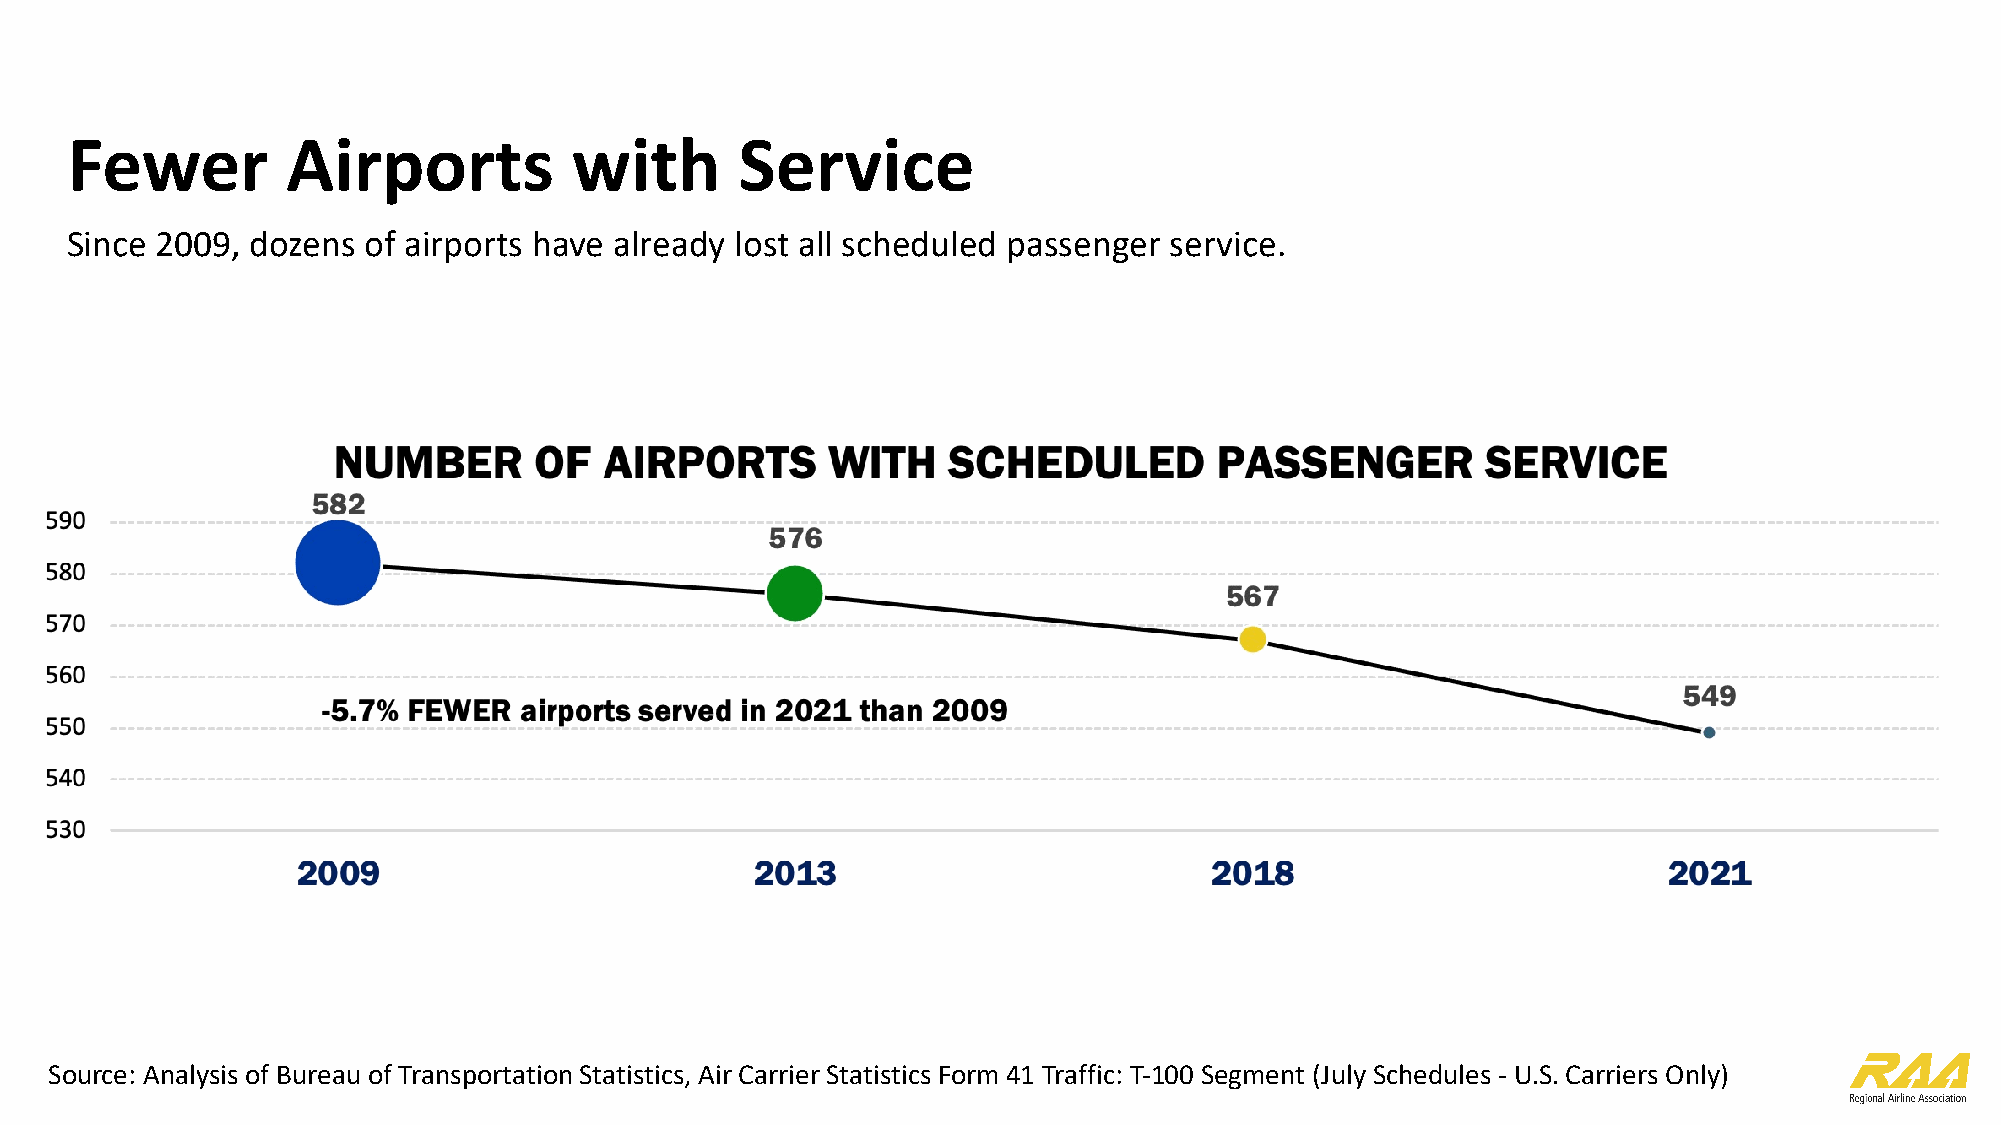
Fewer          Airports           with       Service
 Since 2009,  dozens of airports have already lost all scheduled passenger service.
 Source: Analysis of Bureau of Transportation Statistics, Air Carrier Statistics Form 41 Traffic: T-100 Segment (July Schedules - U.S. Carriers Only)